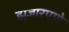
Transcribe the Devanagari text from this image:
झुंजारपणे